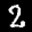
Label: 2